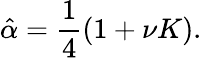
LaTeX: \hat{\alpha}=\frac{1}{4}(1+\nu K).